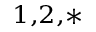
^ { 1 , 2 , * }